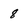
Character: 8